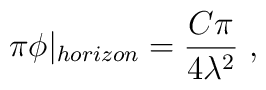
\pi\phi\vert_{horizon}=\frac{C\pi}{4\lambda^2} \ ,